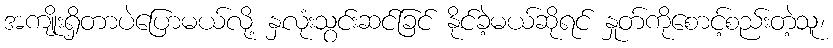
အကျိုးရှိတာပဲပြောမယ်လို့ နှလုံးသွင်းဆင်ခြင် နိုင်ခဲ့မယ်ဆိုရင် နှုတ်ကိုစောင့်စည်းတဲ့သူ၊